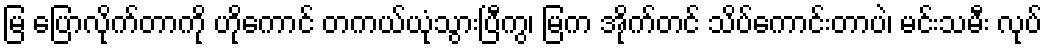
မြ ပြောလိုက်တာကို ဟိုကောင် တကယ်ယုံသွားပြီကွ၊ မြက အိုက်တင် သိပ်ကောင်းတာပဲ၊ မင်းသမီး လုပ်